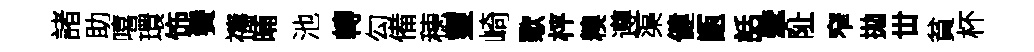
諸助嘻環饰鬢禱晡池轉勾備穂靈崎歜枰糗遵渠健甑話擘阯窄拋丗貧杯